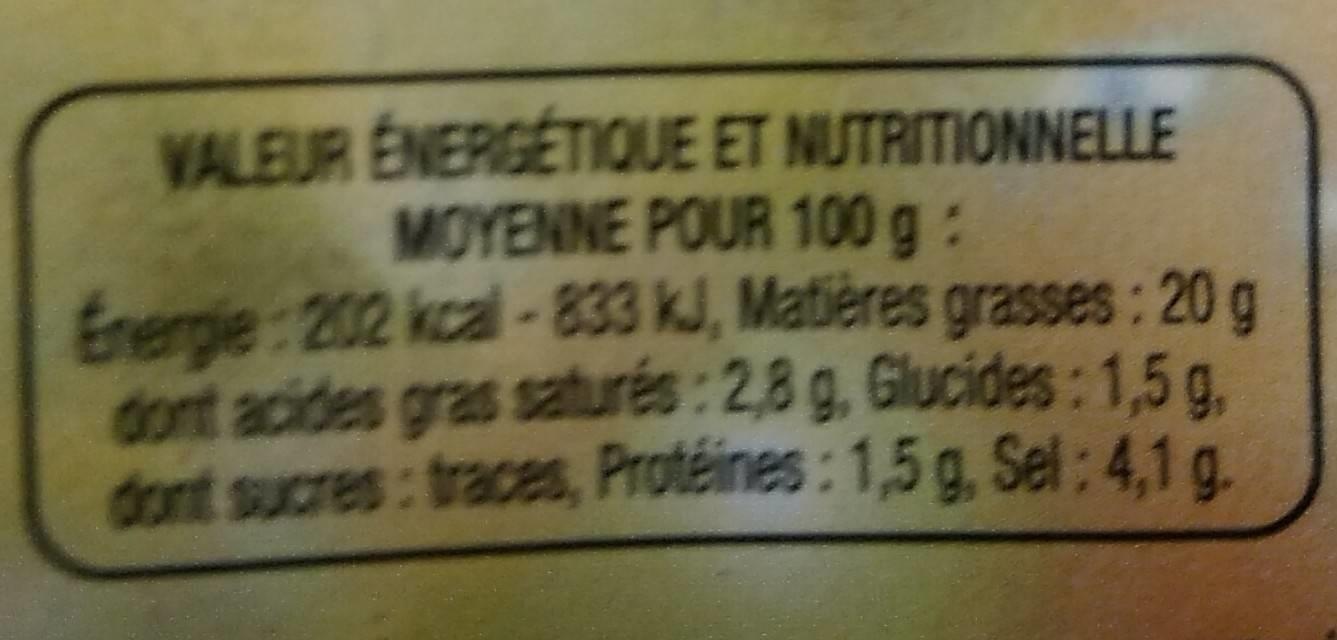
VALEUR ÉNERGÉTIQUE ET NUTRITIONNELLE MOYENNE POUR 100 g:
Energie: 202 kcal-833 kJ, Matières grasses: 20 g dont acides gras saturés: 2,8 g, Glucides: 1,5 g, dont sucres: traces, Protéines: 1,5 g, Sel: 4,1 g.